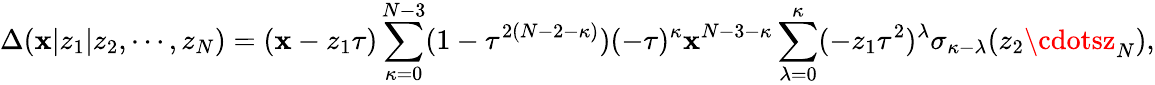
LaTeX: \Delta(\mathbf{x}|z_{1}|z_{2},\cdots,z_{N})=(\mathbf{x}-z_{1}\tau)\sum_{\kappa=0}^{N-3}(1-\tau^{2(N-2-\kappa)})(-\tau)^{\kappa}\mathbf{x}^{N-3-\kappa}\sum_{\lambda=0}^{\kappa}(-z_{1}\tau^{2})^{\lambda}\sigma_{\kappa-\lambda}(z_{2}\cdotsz_{N}),